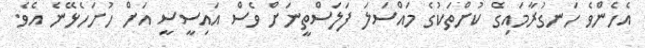
އެހެންވެ ހަނގުރާމައިގެ ކުށްތަކުގެ މައްސަލަ ފަލަސްތީނަށް ވެސް އައިސީސީ އަށް ހުށަހެޅޭނެ އެވެ.